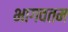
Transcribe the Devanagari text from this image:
भागवतम